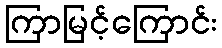
ကြာမြင့်ကြောင်း